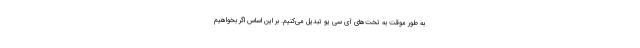
به طور موقت به تخت‌های آی سی یو تبدیل می‌کنیم. بر این اساس اگر بخواهیم